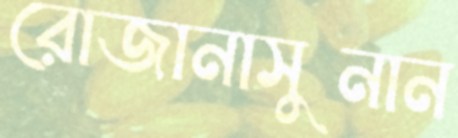
রোজানাসুনান